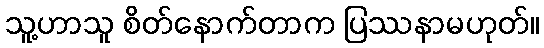
သူ့ဟာသူ စိတ်နောက်တာက ပြဿနာမဟုတ်။